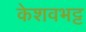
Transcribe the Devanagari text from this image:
केशवभट्ट